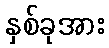
နှစ်ခုအား